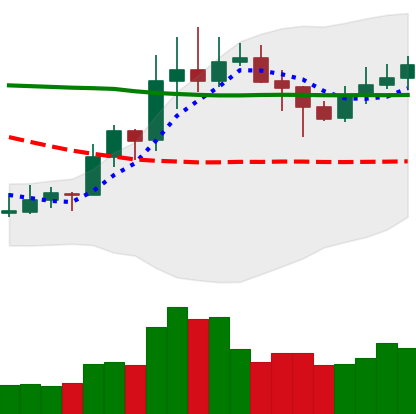
Ticker: XLM-USD
Chart end date: 2020-01-29
Forward return: 3.761%
Label: up_3_5